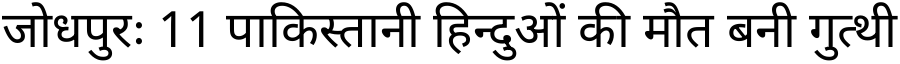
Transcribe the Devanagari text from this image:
जोधपुरः 11 पाकिस्तानी हिन्दुओं की मौत बनी गुत्थी